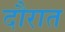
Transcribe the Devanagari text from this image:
दौरात